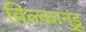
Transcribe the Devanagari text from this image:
विल्कानुंडू